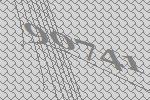
90741